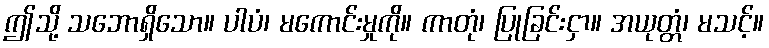
ဤသို့ သဘောရှိသော။ ပါပံ၊ မကောင်းမှုကို။ ကာတုံ၊ ပြုခြင်းငှာ။ အယုတ္တံ၊ မသင့်။